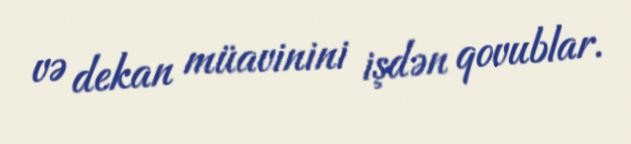
və dekan müavinini işdən qovublar.